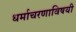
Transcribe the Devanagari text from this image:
धर्माचरणाविषयी